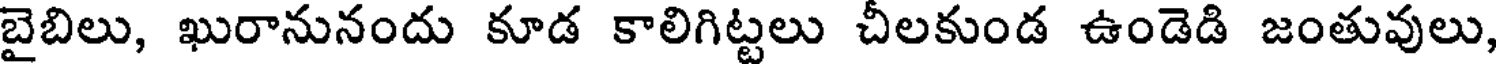
బైబిలు, ఖురానునందు కూడ కాలిగిట్టలు చీలకుండ ఉండెడి జంతువులు,